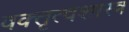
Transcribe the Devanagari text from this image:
वक्‍तृत्वशास्त्र